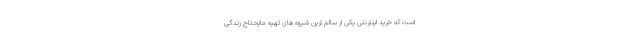
است که خرید اینترنتی یکی از سالم ترین شیوه های تهیه مایحتاج زندگی